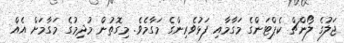
ޖަލުގެ ލޯންޗް ކެޕްޓަންގެ މަގާމާއި ފަޅުވެރިންގެ މަގާމެވެ. މިގޮތުން މުދިމުގެ މަގާމަށް އެއް